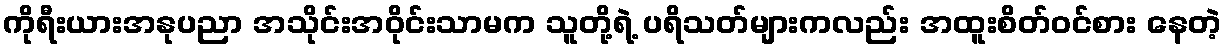
ကိုရီးယားအနုပညာ အသိုင်းအဝိုင်းသာမက သူတို့ရဲ့ ပရိသတ်များကလည်း အထူးစိတ်ဝင်စား နေတဲ့